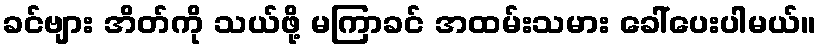
ခင်ဗျား အိတ်ကို သယ်ဖို့ မကြာခင် အထမ်းသမား ခေါ်ပေးပါမယ်။